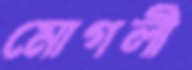
মোগলী